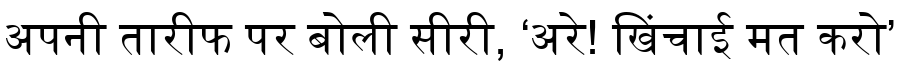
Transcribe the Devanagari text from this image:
अपनी तारीफ पर बोली सीरी, ‘अरे! खिंचाई मत करो’